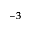
^ { - 3 }